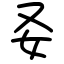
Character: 𡚩